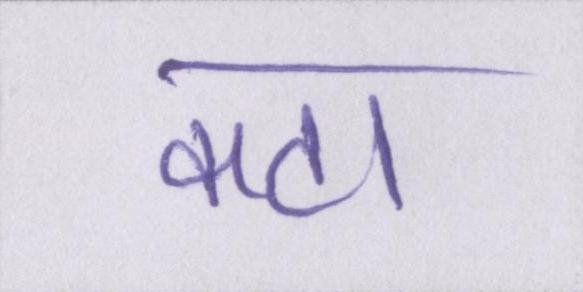
कटा